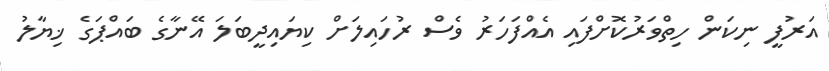
އަރުފީ ނިކަން ހިތްވަރުކޮށްފައި އެއްފަހަރު ވެސް ރުހައިލަށް ކިޔައިދީބަލަ އޭނާގެ ބައްޕަގެ ޚިޔާލު